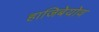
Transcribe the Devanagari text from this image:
हाजिबेयोव